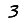
Digit: 3